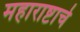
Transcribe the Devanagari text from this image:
महाराष्टाचे